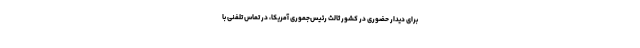
برای دیدار حضوری در کشور ثالث رئیس‌جموری آمریکا، در تماس تلفنی با